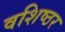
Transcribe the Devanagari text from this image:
वशिष्ठर